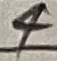
Text: 4